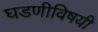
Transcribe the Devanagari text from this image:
घडणीविषयी